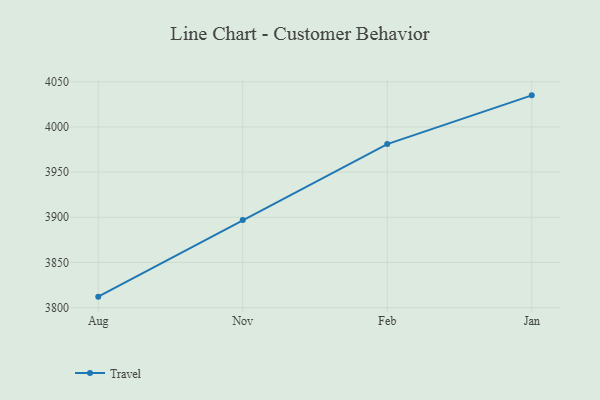
{"axis": {"x": "Month", "y": "Website Visitors"}, "legend": ["Travel"], "data": [{"x": "Aug", "y": 3812.1, "type": "Travel"}, {"x": "Nov", "y": 3897.0, "type": "Travel"}, {"x": "Feb", "y": 3981.0, "type": "Travel"}, {"x": "Jan", "y": 4035.0, "type": "Travel"}]}